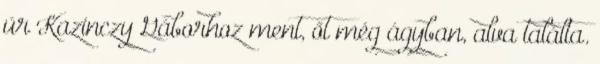
úr Kazinczy Gáborhoz ment, őt még ágyban, alva találta.